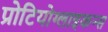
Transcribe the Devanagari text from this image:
प्रोटियोग्लाइकन्स